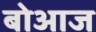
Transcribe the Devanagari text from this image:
बोआज